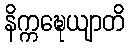
နိက္ကဍ္ဎေယျာတိ